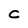
Character: C